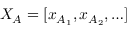
X _ { A } = [ x _ { A _ { 1 } } , x _ { A _ { 2 } } , \ldots ]